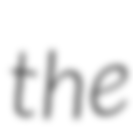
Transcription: the